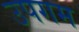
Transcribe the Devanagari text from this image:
उपगम